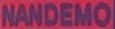
NANDEMO